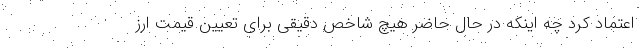
اعتماد کرد چه اینکه در حال حاضر هیچ شاخص دقیقی برای تعیین قیمت ارز